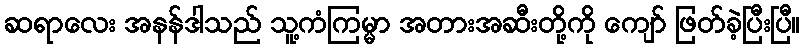
ဆရာလေး အနန်ဒါသည် သူ့ကံကြမ္မာ အတားအဆီးတို့ကို ကျော် ဖြတ်ခဲ့ပြီးပြီ။